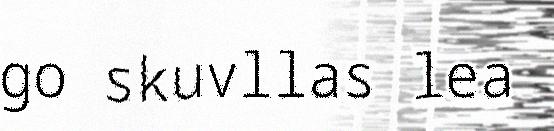
go skuvllas lea